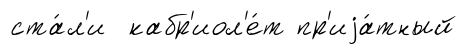
ста́л'и кабр'иол'е́т пр'иjа́тный